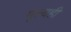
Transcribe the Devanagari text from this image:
मूल्यही